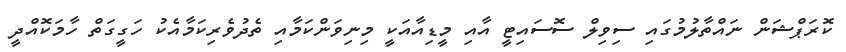
ކޮރަޕްޝަން ނައްތާލުމުގައި ސިވިލް ސޮސައިޓީ އާއި މީޑިއާއަކީ މިނިވަންކަމާއި ތެދުވެރިކަމާއެކު ހަގީގަތް ހާމަކޮއްދީ